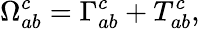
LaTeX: \Omega_{ab}^{c}=\Gamma_{ab}^{c}+T_{ab}^{c},